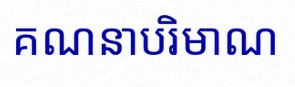
គណនាបរិមាណ